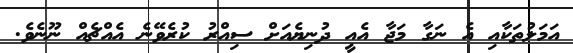
އަމަލުތަކާއި އެ ނަގާ މަޖާ އެއީ ދުނިޔެއަށް ސިއްރު ކުރެވޭނެ އެއްޗެއް ނޫނެވެ.